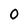
Character: 0